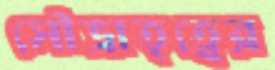
সৌভ্রাতৃত্বের